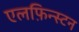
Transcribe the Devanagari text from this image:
एलफ़िन्स्टन